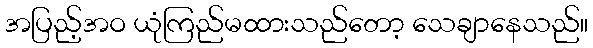
အပြည့်အဝ ယုံကြည်မထားသည်တော့ သေချာနေသည်။